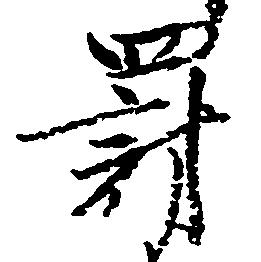
罰